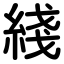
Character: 綫